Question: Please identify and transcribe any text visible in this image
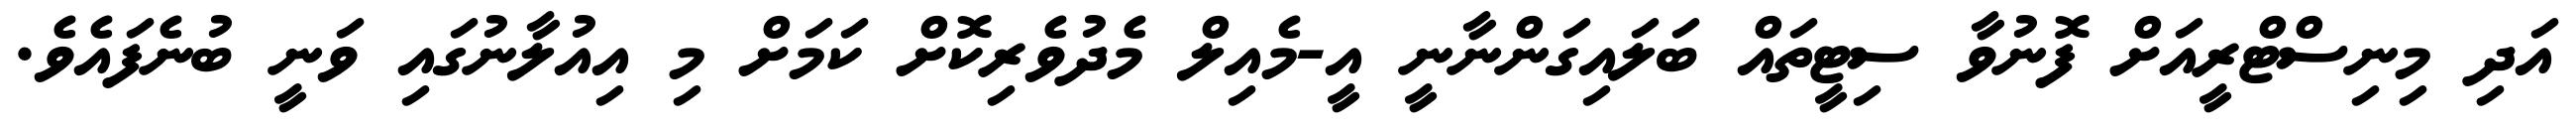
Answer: އަދި މިނިސްޓްރީއަށް ފޮނުވާ ސިޓީތައް ބަލައިގަންނާނީ އީ-މެއިލް މެދުވެރިކޮށް ކަމަށް މި އިއުލާނުގައި ވަނީ ބުނެފައެވެ.